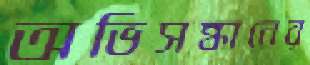
অভিসন্ধানের